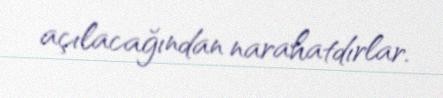
açılacağından narahatdırlar.